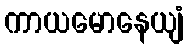
ကာယမောနေယျံ